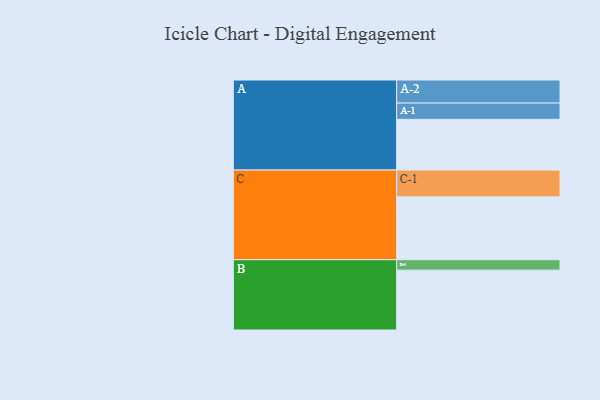
{"axis": {"x": "Segment", "y": "Value"}, "legend": ["", "A", "B", "C"], "data": [{"x": "A", "y": 462, "type": ""}, {"x": "B", "y": 545, "type": ""}, {"x": "C", "y": 572, "type": ""}, {"x": "A-1", "y": 148, "type": "A"}, {"x": "A-2", "y": 210, "type": "A"}, {"x": "B-1", "y": 95, "type": "B"}, {"x": "C-1", "y": 244, "type": "C"}]}